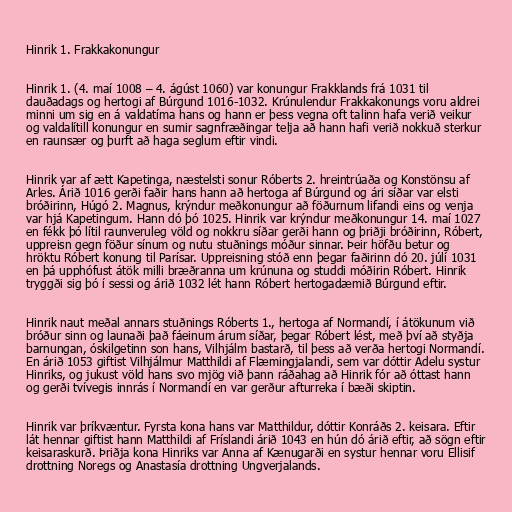
Hinrik 1. Frakkakonungur

Hinrik 1. (4. maí 1008 – 4. ágúst 1060) var konungur Frakklands frá 1031 til
dauðadags og hertogi af Búrgund 1016-1032. Krúnulendur Frakkakonungs voru aldrei
minni um sig en á valdatíma hans og hann er þess vegna oft talinn hafa verið veikur
og valdalítill konungur en sumir sagnfræðingar telja að hann hafi verið nokkuð sterkur
en raunsær og þurft að haga seglum eftir vindi.

Hinrik var af ætt Kapetinga, næstelsti sonur Róberts 2. hreintrúaða og Konstönsu af
Arles. Árið 1016 gerði faðir hans hann að hertoga af Búrgund og ári síðar var elsti
bróðirinn, Húgó 2. Magnus, krýndur meðkonungur að föðurnum lifandi eins og venja
var hjá Kapetingum. Hann dó þó 1025. Hinrik var krýndur meðkonungur 14. maí 1027
en fékk þó lítil raunveruleg völd og nokkru síðar gerði hann og þriðji bróðirinn, Róbert,
uppreisn gegn föður sínum og nutu stuðnings móður sinnar. Þeir höfðu betur og
hröktu Róbert konung til Parísar. Uppreisning stóð enn þegar faðirinn dó 20. júlí 1031
en þá upphófust átök milli bræðranna um krúnuna og studdi móðirin Róbert. Hinrik
tryggði sig þó í sessi og árið 1032 lét hann Róbert hertogadæmið Búrgund eftir.

Hinrik naut meðal annars stuðnings Róberts 1., hertoga af Normandí, í átökunum við
bróður sinn og launaði það fáeinum árum síðar, þegar Róbert lést, með því að styðja
barnungan, óskilgetinn son hans, Vilhjálm bastarð, til þess að verða hertogi Normandí.
En árið 1053 giftist Vilhjálmur Matthildi af Flæmingjalandi, sem var dóttir Adelu systur
Hinriks, og jukust völd hans svo mjög við þann ráðahag að Hinrik fór að óttast hann
og gerði tvívegis innrás í Normandí en var gerður afturreka í bæði skiptin.

Hinrik var þríkvæntur. Fyrsta kona hans var Matthildur, dóttir Konráðs 2. keisara. Eftir
lát hennar giftist hann Matthildi af Fríslandi árið 1043 en hún dó árið eftir, að sögn eftir
keisaraskurð. Þriðja kona Hinriks var Anna af Kænugarði en systur hennar voru Ellisif
drottning Noregs og Anastasía drottning Ungverjalands.